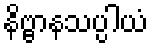
နိဗ္ဗာနသပ္ပါယံ